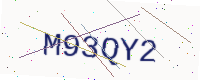
Text: M93QY2